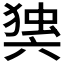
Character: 𭁘